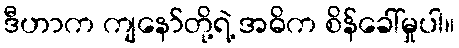
ဒီဟာက ကျနော်တို့ရဲ့ အဓိက စိန်ခေါ်မှုပါ။